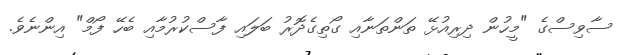
ސާވިސްގެ "މީހުން ދިރިއުޅޭ ތަންތަނާއި ގޯތިގެދޮރު ބަލައި ފާސްކުރުމާއި ބެހޭ ފޯމް" އިންނެވެ.